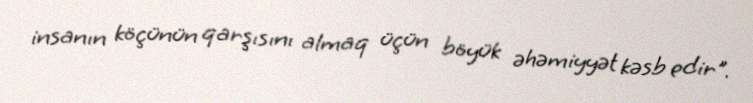
insanın köçünün qarşısını almaq üçün böyük əhəmiyyət kəsb edir".